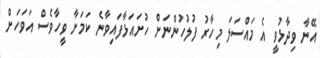
އޭނާ ވިދާޅުވީ އެ މައްސަލަ މިހާރު ފުލުހުންނަށް ހުށައަޅާފައިވާނެ ކަމަށާ ވީހާވެސް އަވަހަށް